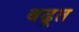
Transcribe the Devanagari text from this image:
बढ़्त